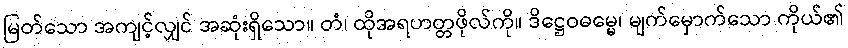
မြတ်သော အကျင့်လျှင် အဆုံးရှိသော။ တံ၊ ထိုအရဟတ္တဖိုလ်ကို။ ဒိဋ္ဌေဝဓမ္မေ၊ မျက်မှောက်သော ကိုယ်၏